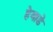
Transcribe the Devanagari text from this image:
हेमाडे